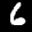
Digit: 6